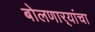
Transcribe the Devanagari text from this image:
बोलणार्‍यांचा